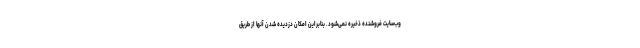
وب‌سایت فروشنده ذخیره نمی‌شود. بنابراین امکان دزدیده شدن آنها از طریق